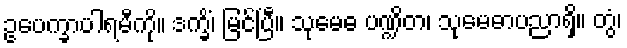
ဥပေက္ခာပါရမီကို။ ဒက္ခိံ၊ မြင်ပြီ။ သုမေဓ ပဏ္ဍိတ၊ သုမေဓာပညာရှိ။ တွံ၊